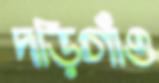
দড়িগাঁও